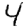
Digit: 4